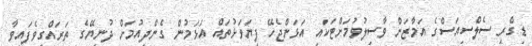
ޑިގްރީ ސެލްސިއަސްގެ އަމާޒަށް ވާސިލުވުމަށްޓަކައި އަޅަންޖެހޭ ފިޔަވަޅުތައް އަޅަމުން ގެންދިއުމަށް ދުނިޔޭގެ ތަރައްގީވެފައިވާ